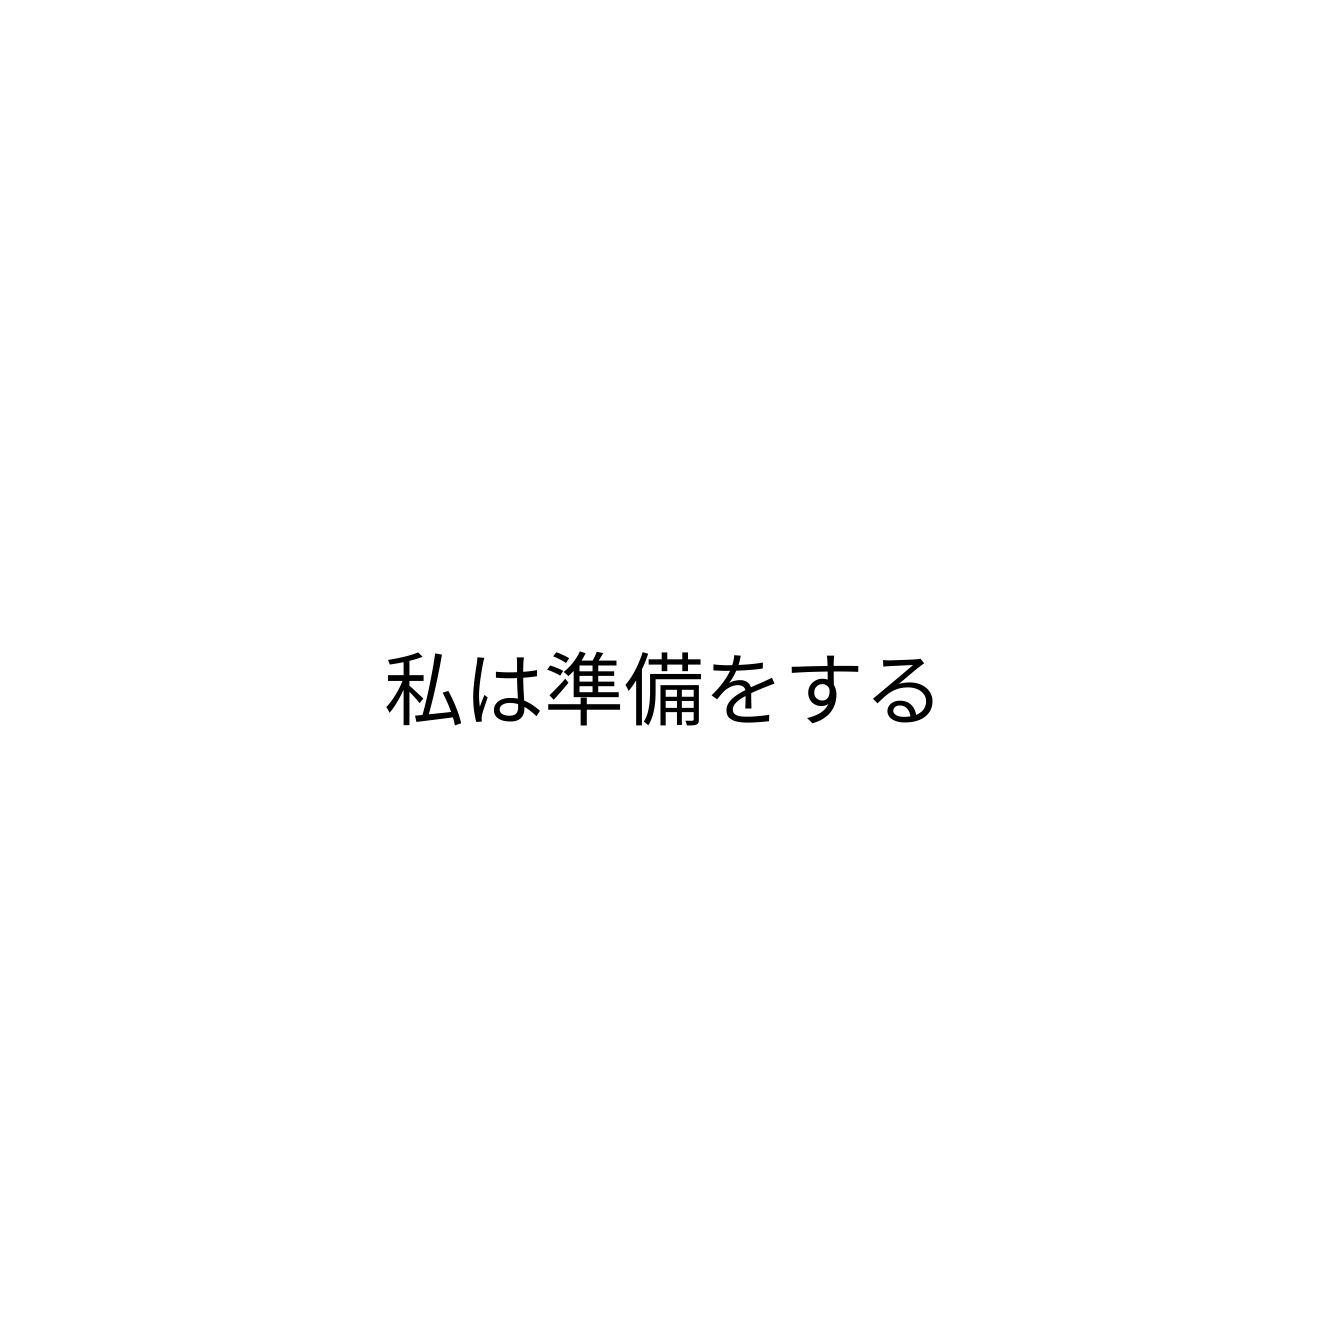
私は準備をする